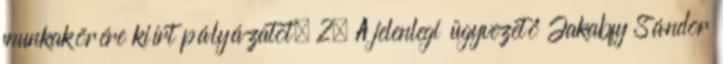
munkakörére kiírt pályázatot. 2. A jelenlegi ügyvezető Jakabfy Sándor